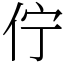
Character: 佇